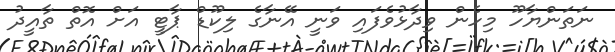
ނަތަންޔާހޫ މިހެން ވިދާޅުވެފައި ވަނީ އޭނާގެ ލިކޫޑް ޕާޓީ އަށް އޮތް ތާއީދު